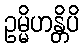
ဥမ္မိဟန္တိပိ